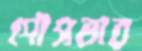
পৌসভার